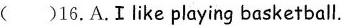
( ) 16.A.Ilike playing basketball.